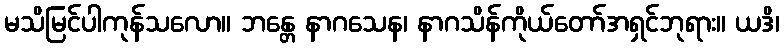
မသိမြင်ပါကုန်သလော။ ဘန္တေ နာဂသေန၊ နာဂသိန်ကိုယ်တော်အရှင်ဘုရား။ ယဒိ၊